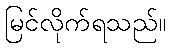
မြင်လိုက်ရသည်။